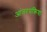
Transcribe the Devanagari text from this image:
आंतरप्रक्रिया